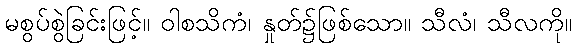
မစွပ်စွဲခြင်းဖြင့်။ ဝါစသိကံ၊ နှုတ်၌ဖြစ်သော။ သီလံ၊ သီလကို။